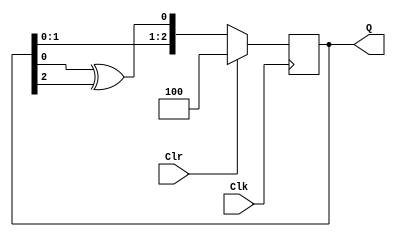
// Ch08 lfsr.v
// u^s

module lfsr (Clk,Clr,Q);
input  Clk,Clr;		// @J
output [3:1] Q;		// TX
reg    [3:1] Q;		// is

// Wto,WtPBM
always@ (posedge Clk) 
  if (Clr)
    Q = 3'b100;
  else
    Q = {Q[2:1],Q[1] ^ Q[3]};

endmodule